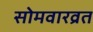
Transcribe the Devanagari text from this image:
सोमवारव्रत